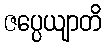
ဇပ္ပေယျာတိ